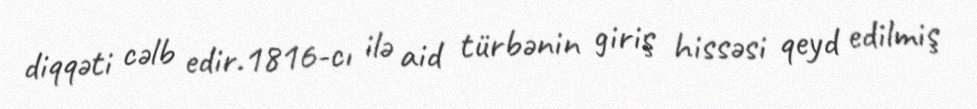
diqqəti cəlb edir.1816-cı ilə aid türbənin giriş hissəsi qeyd edilmiş